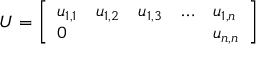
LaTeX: U = { \left[ \begin{array} { l l l l l } { u _ { 1 , 1 } } & { u _ { 1 , 2 } } & { u _ { 1 , 3 } } & { \ldots } & { u _ { 1 , n } } \\ { 0 } & { } & { } & { } & { u _ { n , n } } \end{array} \right] }